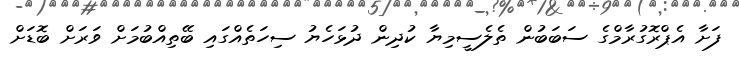
ފަށާ އެޕްރޮގުރާމްގެ ސަބަބުން ތެލެސީމިޔާ ކުދިން ދުޅަހެޔު ސިހަތެއްގައި ބޭތިއްބުމަށް ވަރަށް ބޮޑަށް